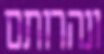
ונהרותם